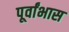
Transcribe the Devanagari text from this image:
पूर्वांभास